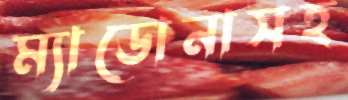
ম্যাডোনাসহ